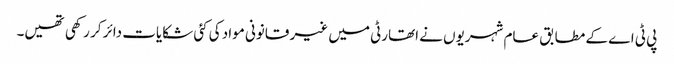
پی ٹی اے کے مطابق عام شہریوں نے اتھارٹی میں غیر قانونی مواد کی کئی شکایات دائر کر رکھی تھیں۔